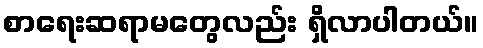
စာရေးဆရာမတွေလည်း ရှိလာပါတယ်။